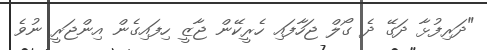
"ދަރިފުޅާ ދަގޭ ދެ ގޯލް ޖަހާފައި ހެރީކޭން ޖާޒީ ހިފައިގެން އިންޖަރީ ނުވެ